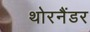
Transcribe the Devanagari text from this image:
थोरनैंडर